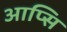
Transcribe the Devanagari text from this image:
आप्सि